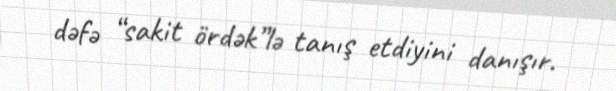
dəfə “sakit ördək”lə tanış etdiyini danışır.